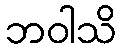
ဘဝါသိ